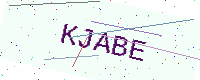
Text: KJABE